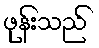
ဖုန်းသည်